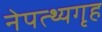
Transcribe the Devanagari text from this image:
नेपत्थ्यगृह